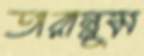
তারান্নুম